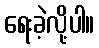
ရေးခဲ့လို့ပါ။